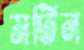
মর্টিন